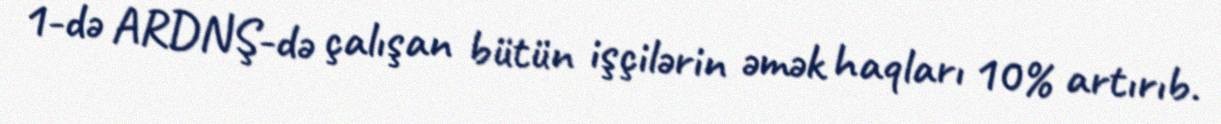
1-də ARDNŞ-də çalışan bütün işçilərin əmək haqları 10% artırıb.